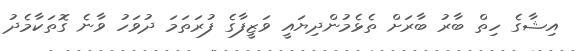
އިޝާގެ ހިތް ބާރު ބާރަށް ތެޅެމުންދިޔައީ ވަޒީފާގެ ފުރަތަމަ ދުވަހު ވާނެ ގޮތަކާމެދު